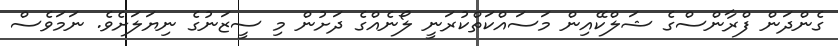
ގެންދަން ފްރާންސްގެ ޝަލްކޭއިން މަސައްކަތްކުރަނީ ލޯނެއްގެ ދަށުން މި ސީޒަނުގެ ނިޔަލަށެވެ. ނަމަވެސް